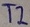
Text: T2